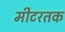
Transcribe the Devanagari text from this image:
मीटरतक